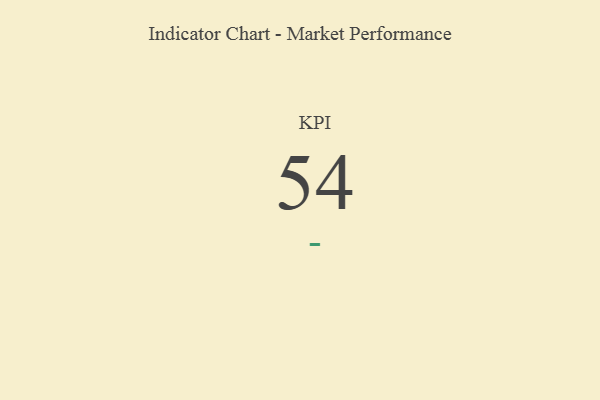
{"axis": {"x": "KPI", "y": "Value"}, "legend": [""], "data": [{"x": "KPI", "y": 54, "type": ""}]}